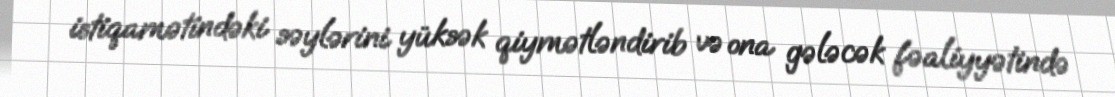
istiqamətindəki səylərini yüksək qiymətləndirib və ona gələcək fəaliyyətində